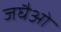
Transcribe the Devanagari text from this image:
जघैओ